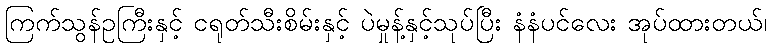
ကြက်သွန်ဥကြီးနှင့် ငရုတ်သီးစိမ်းနှင့် ပဲမှုန့်နှင့်သုပ်ပြီး နံနံပင်လေး အုပ်ထားတယ်၊